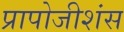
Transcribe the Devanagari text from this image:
प्रापोजीशंस